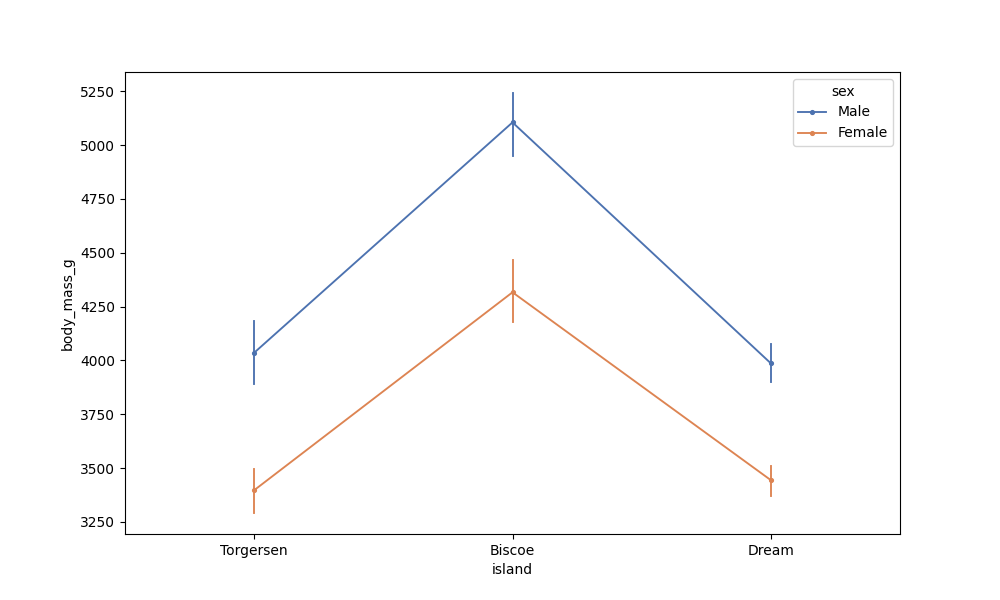
python, seaborn, pointplot, scale=0.5, join=True, hue='sex', palette='deep'